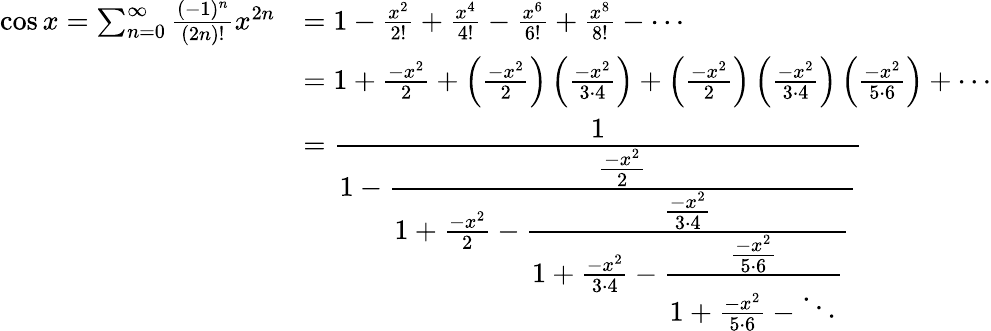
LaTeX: {\begin{array}{rl}{\cos x=\sum_{n=0}^{\infty}{\frac{(-1)^{n}}{(2n)!}}x^{2n}}&{=1-{\frac{x^{2}}{2!}}+{\frac{x^{4}}{4!}}-{\frac{x^{6}}{6!}}+{\frac{x^{8}}{8!}}-\cdots}\\ &{=1+{\frac{-x^{2}}{2}}+\left({\frac{-x^{2}}{2}}\right)\left({\frac{-x^{2}}{3\cdot 4}}\right)+\left({\frac{-x^{2}}{2}}\right)\left({\frac{-x^{2}}{3\cdot 4}}\right)\left({\frac{-x^{2}}{5\cdot 6}}\right)+\cdots}\\ &{={\cfrac{1}{1-{\cfrac{\frac{-x^{2}}{2}}{1+{\frac{-x^{2}}{2}}-{\cfrac{\frac{-x^{2}}{3\cdot 4}}{1+{\frac{-x^{2}}{3\cdot 4}}-{\cfrac{\frac{-x^{2}}{5\cdot 6}}{1+{\frac{-x^{2}}{5\cdot 6}}-\ddots}}}}}}}}}\end{array}}